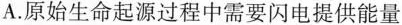
A.原始生命起源过程中需要闪电提供能量